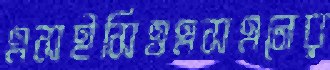
এসইসিওএসএনের